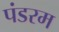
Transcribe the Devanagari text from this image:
पंडरम